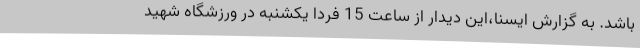
باشد. به گزارش ایسنا،این دیدار از ساعت 15 فردا یکشنبه در ورزشگاه شهید